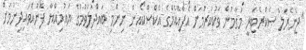
"ޖެނެރަލް ސެކްރެޓަރީ މަގާމުން ވަކުކުރުމަށް އެފްއޭއެމްގެ އެކްސްކޯއިން ނިންމި ބައްދަލުވުމުގެ ޔައުމިއްޔާ ފޮނުއްވައިދިނުމަށް